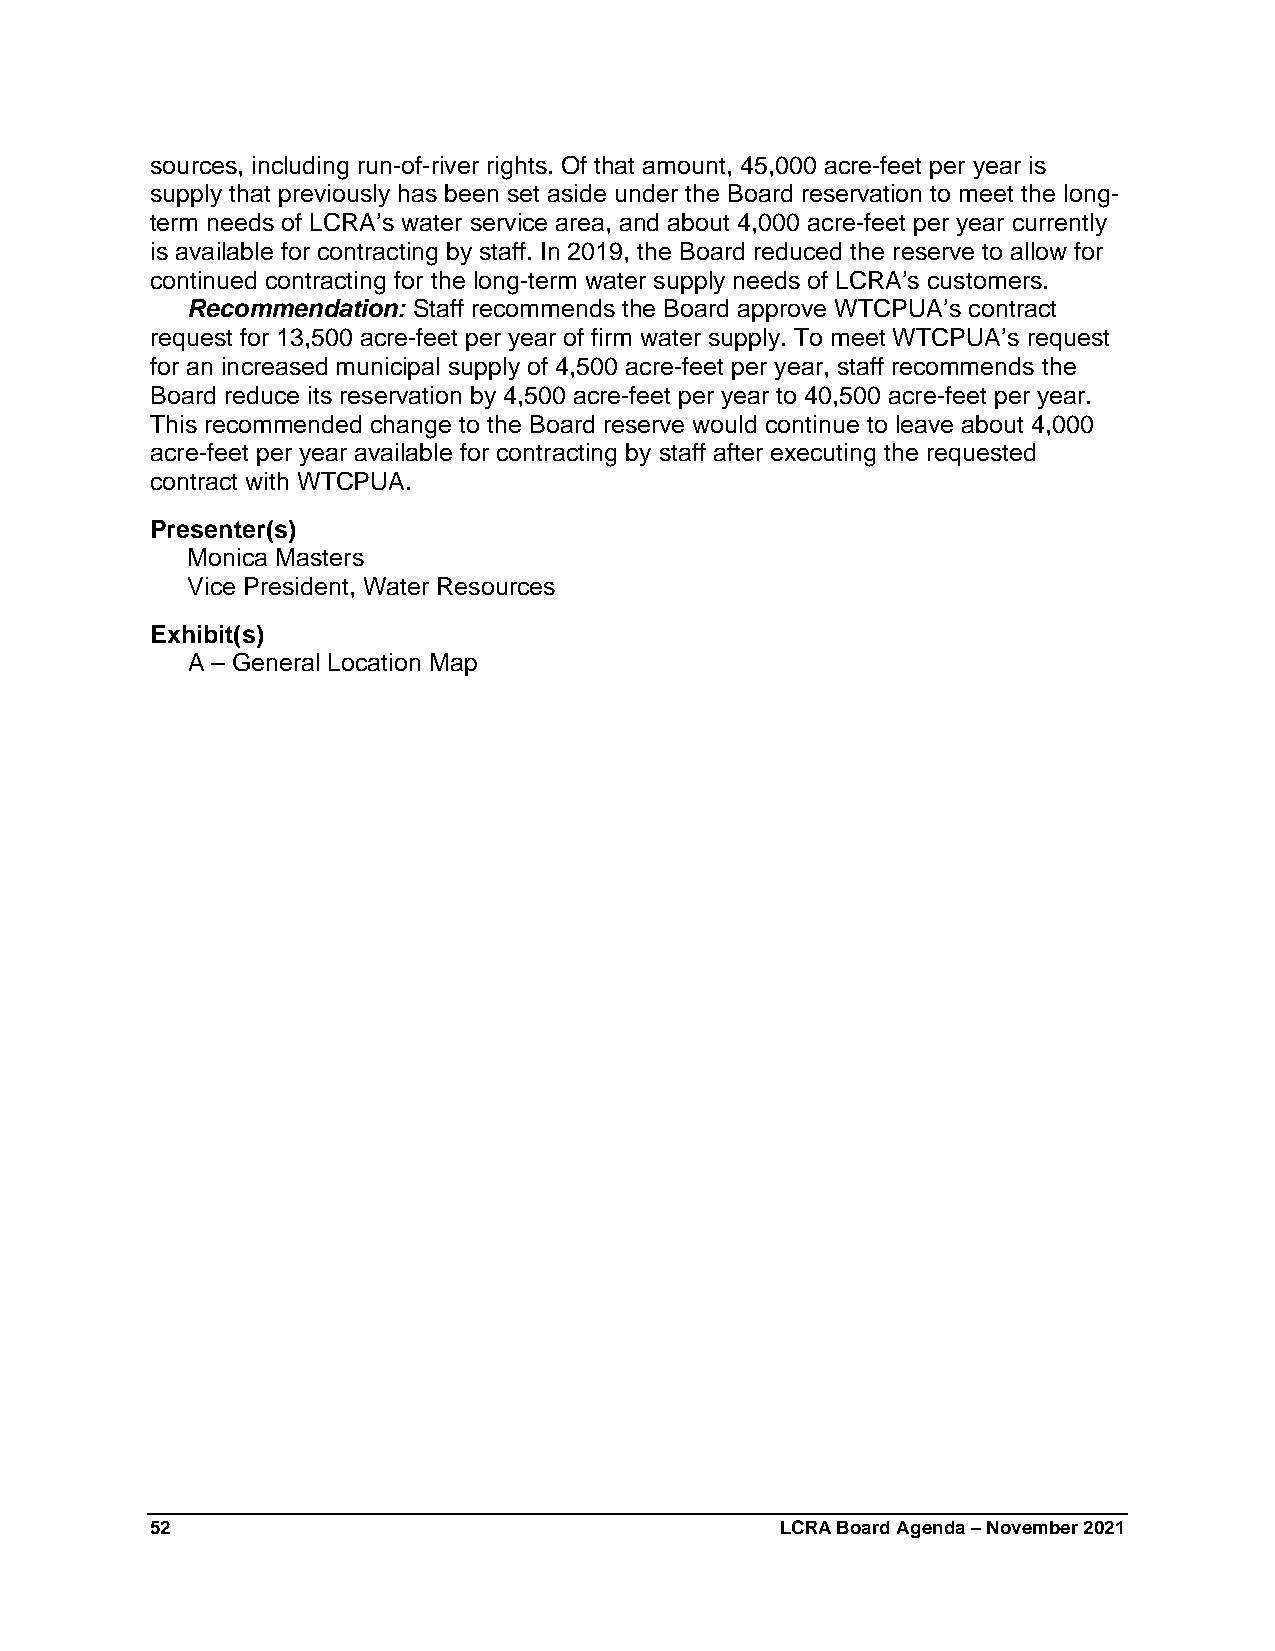
sources, including run-of-river rights. Of that amount, 45,000 acre-feet per year is
 supply that previously has been set aside under the Board reservation to meet the long-
 term needs of LCRA’s water service area, and about 4,000 acre-feet per year currently
 is available for contracting by staff. In 2019, the Board reduced the reserve to allow for
 continued contracting for the long-term water supply needs of LCRA’s customers.
 Recommendation: Staff recommends the Board approve WTCPUA’s contract
 request for 13,500 acre-feet per year of firm water supply. To meet WTCPUA’s request
 for an increased municipal supply of 4,500 acre-feet per year, staff recommends the
 Board reduce its reservation by 4,500 acre-feet per year to 40,500 acre-feet per year.
 This recommended change to the Board reserve would continue to leave about 4,000
 acre-feet per year available for contracting by staff after executing the requested
 contract with WTCPUA.
 Presenter(s)
 Monica Masters
 Vice President, Water Resources
 Exhibit(s)
 A – General Location Map
 52                                        LCRA Board Agenda – November 2021